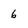
Character: 6